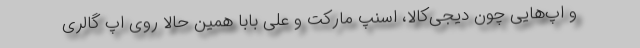
و اپ‌هایی چون دیجی‌کالا، اسنپ مارکت و علی بابا همین حالا روی اپ گالری